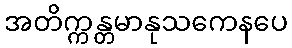
အတိက္ကန္တမာနုသကေနပေ